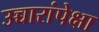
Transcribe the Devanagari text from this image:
उच्चारांपेक्षा